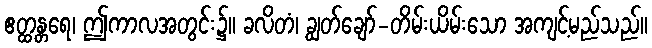
ဧတ္ထန္တရေ၊ ဤကာလအတွင်း၌။ ခလိတံ၊ ချွတ်ချော်-တိမ်းယိမ်းသော အကျင့်မည်သည်။